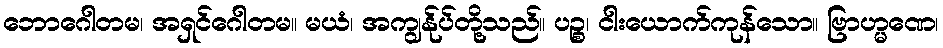
ဘောဂေါတမ၊ အရှင်ဂေါတမ။ မယံ၊ အကျွန်ုပ်တို့သည်။ ပဉ္စ၊ ငါးယောက်ကုန်သော။ ဗြာဟ္မဏေ၊